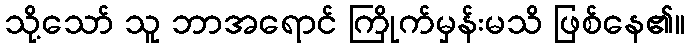
သို့သော် သူ ဘာအရောင် ကြိုက်မှန်းမသိ ဖြစ်နေ၏။